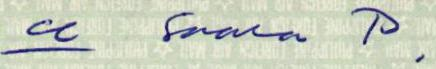
u Saara P.